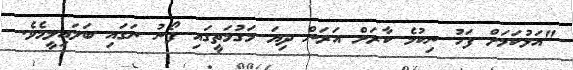
"އަޅުކަމަށް ފަހު ނިކުމެ ކާރަށް އަރަން ދިޔަ މަގުމަތީގައި ފޯނު ނަގައި ބަލައިލީމެވެ.